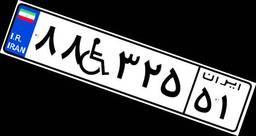
۴۴W۰۴۲۹۴